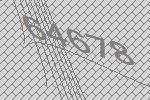
64678